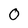
Character: 0